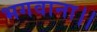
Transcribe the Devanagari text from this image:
भगवाना।।